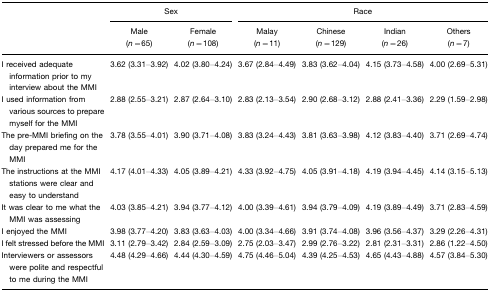
<table><thead><tr><td></td><td colspan="2"><b>Sex</b></td><td colspan="4"><b>Race</b></td></tr><tr><td></td><td><b>Male (<i>n</i>=65)</b></td><td><b>Female (<i>n</i>=108)</b></td><td><b>Malay (<i>n</i>=11)</b></td><td><b>Chinese (<i>n</i>=129)</b></td><td><b>Indian (<i>n</i>=26)</b></td><td><b>Others (<i>n</i>=7)</b></td></tr></thead><tbody><tr><td>I received adequate information prior to my interview about the MMI</td><td>3.62 (3.31–3.92)</td><td>4.02 (3.80–4.24)</td><td>3.67 (2.84–4.49)</td><td>3.83 (3.62–4.04)</td><td>4.15 (3.73–4.58)</td><td>4.00 (2.69–5.31)</td></tr><tr><td>I used information from various sources to prepare myself for the MMI</td><td>2.88 (2.55–3.21)</td><td>2.87 (2.64–3.10)</td><td>2.83 (2.13–3.54)</td><td>2.90 (2.68–3.12)</td><td>2.88 (2.41–3.36)</td><td>2.29 (1.59–2.98)</td></tr><tr><td>The pre-MMI briefing on the day prepared me for the MMI</td><td>3.78 (3.55–4.01)</td><td>3.90 (3.71–4.08)</td><td>3.83 (3.24–4.43)</td><td>3.81 (3.63–3.98)</td><td>4.12 (3.83–4.40)</td><td>3.71 (2.69–4.74)</td></tr><tr><td>The instructions at the MMI stations were clear and easy to understand</td><td>4.17 (4.01–4.33)</td><td>4.05 (3.89–4.21)</td><td>4.33 (3.92–4.75)</td><td>4.05 (3.91–4.18)</td><td>4.19 (3.94–4.45)</td><td>4.14 (3.15–5.13)</td></tr><tr><td>It was clear to me what the MMI was assessing</td><td>4.03 (3.85–4.21)</td><td>3.94 (3.77–4.12)</td><td>4.00 (3.39–4.61)</td><td>3.94 (3.79–4.09)</td><td>4.19 (3.89–4.49)</td><td>3.71 (2.83–4.59)</td></tr><tr><td>I enjoyed the MMI</td><td>3.98 (3.77–4.20)</td><td>3.83 (3.63–4.03)</td><td>4.00 (3.34–4.66)</td><td>3.91 (3.74–4.08)</td><td>3.96 (3.56–4.37)</td><td>3.29 (2.26–4.31)</td></tr><tr><td>I felt stressed before the MMI</td><td>3.11 (2.79–3.42)</td><td>2.84 (2.59–3.09)</td><td>2.75 (2.03–3.47)</td><td>2.99 (2.76–3.22)</td><td>2.81 (2.31–3.31)</td><td>2.86 (1.22–4.50)</td></tr><tr><td>Interviewers or assessors were polite and respectful to me during the MMI</td><td>4.48 (4.29–4.66)</td><td>4.44 (4.30–4.59)</td><td>4.75 (4.46–5.04)</td><td>4.39 (4.25–4.53)</td><td>4.65 (4.43–4.88)</td><td>4.57 (3.84–5.30)</td></tr></tbody></table>